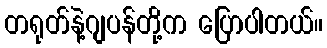
တရုတ်နဲ့ဂျပန်တို့က ပြောပါတယ်။